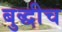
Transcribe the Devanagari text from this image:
बुद्धीच